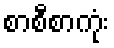
စာစီစာကုံး